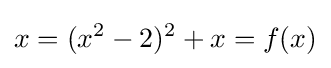
x=(x^{2}-2)^{2}+x=f(x)